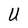
Character: U